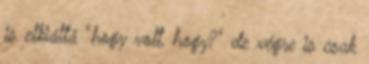
is elkiáltá "hogy volt, hogy?" de végre is csak